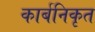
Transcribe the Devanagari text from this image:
कार्बनिकृत